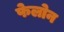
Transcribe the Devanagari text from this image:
फेलोन